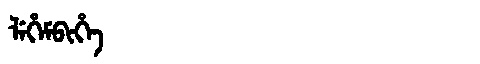
Manchu: ᠯᡝᡥᡝᠮᠪᡳᡥᡝ
Romanization: LEHEMBIHE